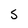
Character: 5